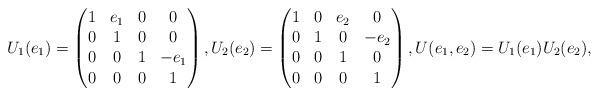
LaTeX: \begin{align*}U_1(e_1)=\begin{pmatrix}1&e_1&0&0\\0&1&0&0\\0&0&1&-e_1\\0&0&0&1\end{pmatrix}, U_2(e_2)=\begin{pmatrix}1&0&e_2&0\\0&1&0&-e_2\\0&0&1&0\\0&0&0&1\end{pmatrix}, U(e_1,e_2) = U_1(e_1) U_2(e_2),\end{align*}